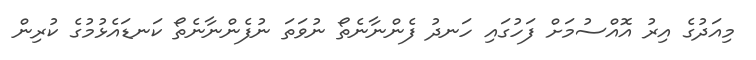
މިއަދުގެ އިރު އޮއްސުމަށް ފަހުގައި ހަނދު ފެންނާނެތޯ ނުވަތަ ނުފެންނާނެތޯ ކަނޑައެޅުމުގެ ކުރިން